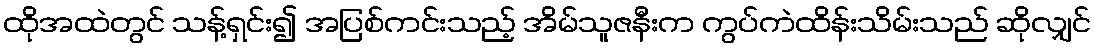
ထိုအထဲတွင် သန့်ရှင်း၍ အပြစ်ကင်းသည့် အိမ်သူဇနီးက ကွပ်ကဲထိန်းသိမ်းသည် ဆိုလျှင်